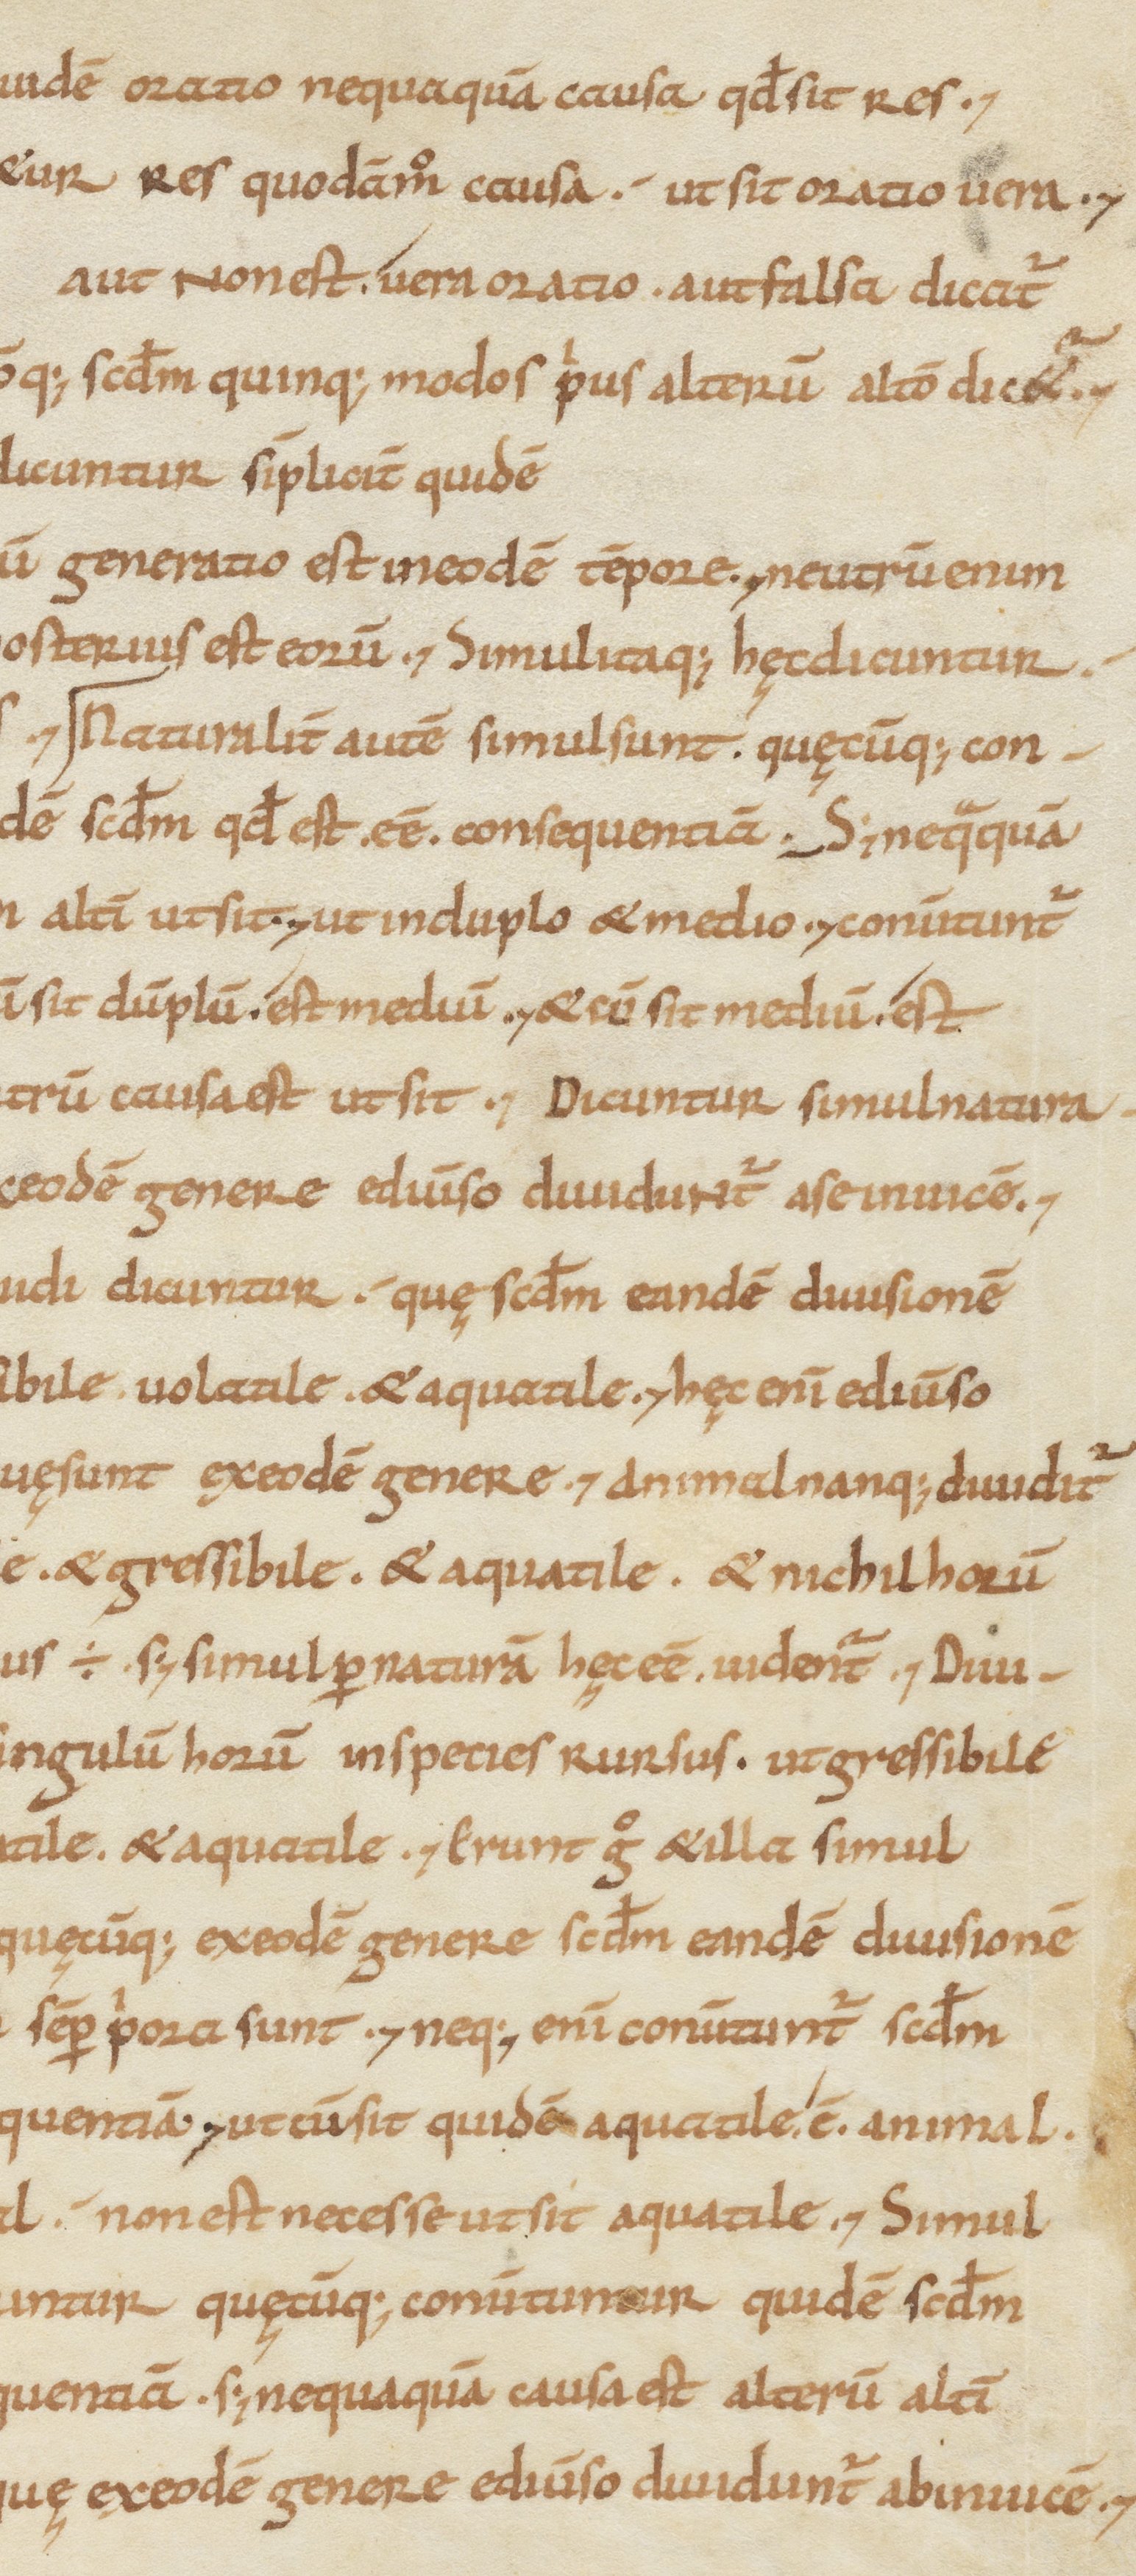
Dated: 1000–1199